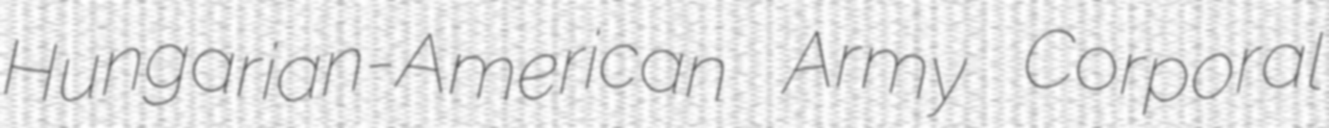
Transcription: Hungarian-American Army Corporal